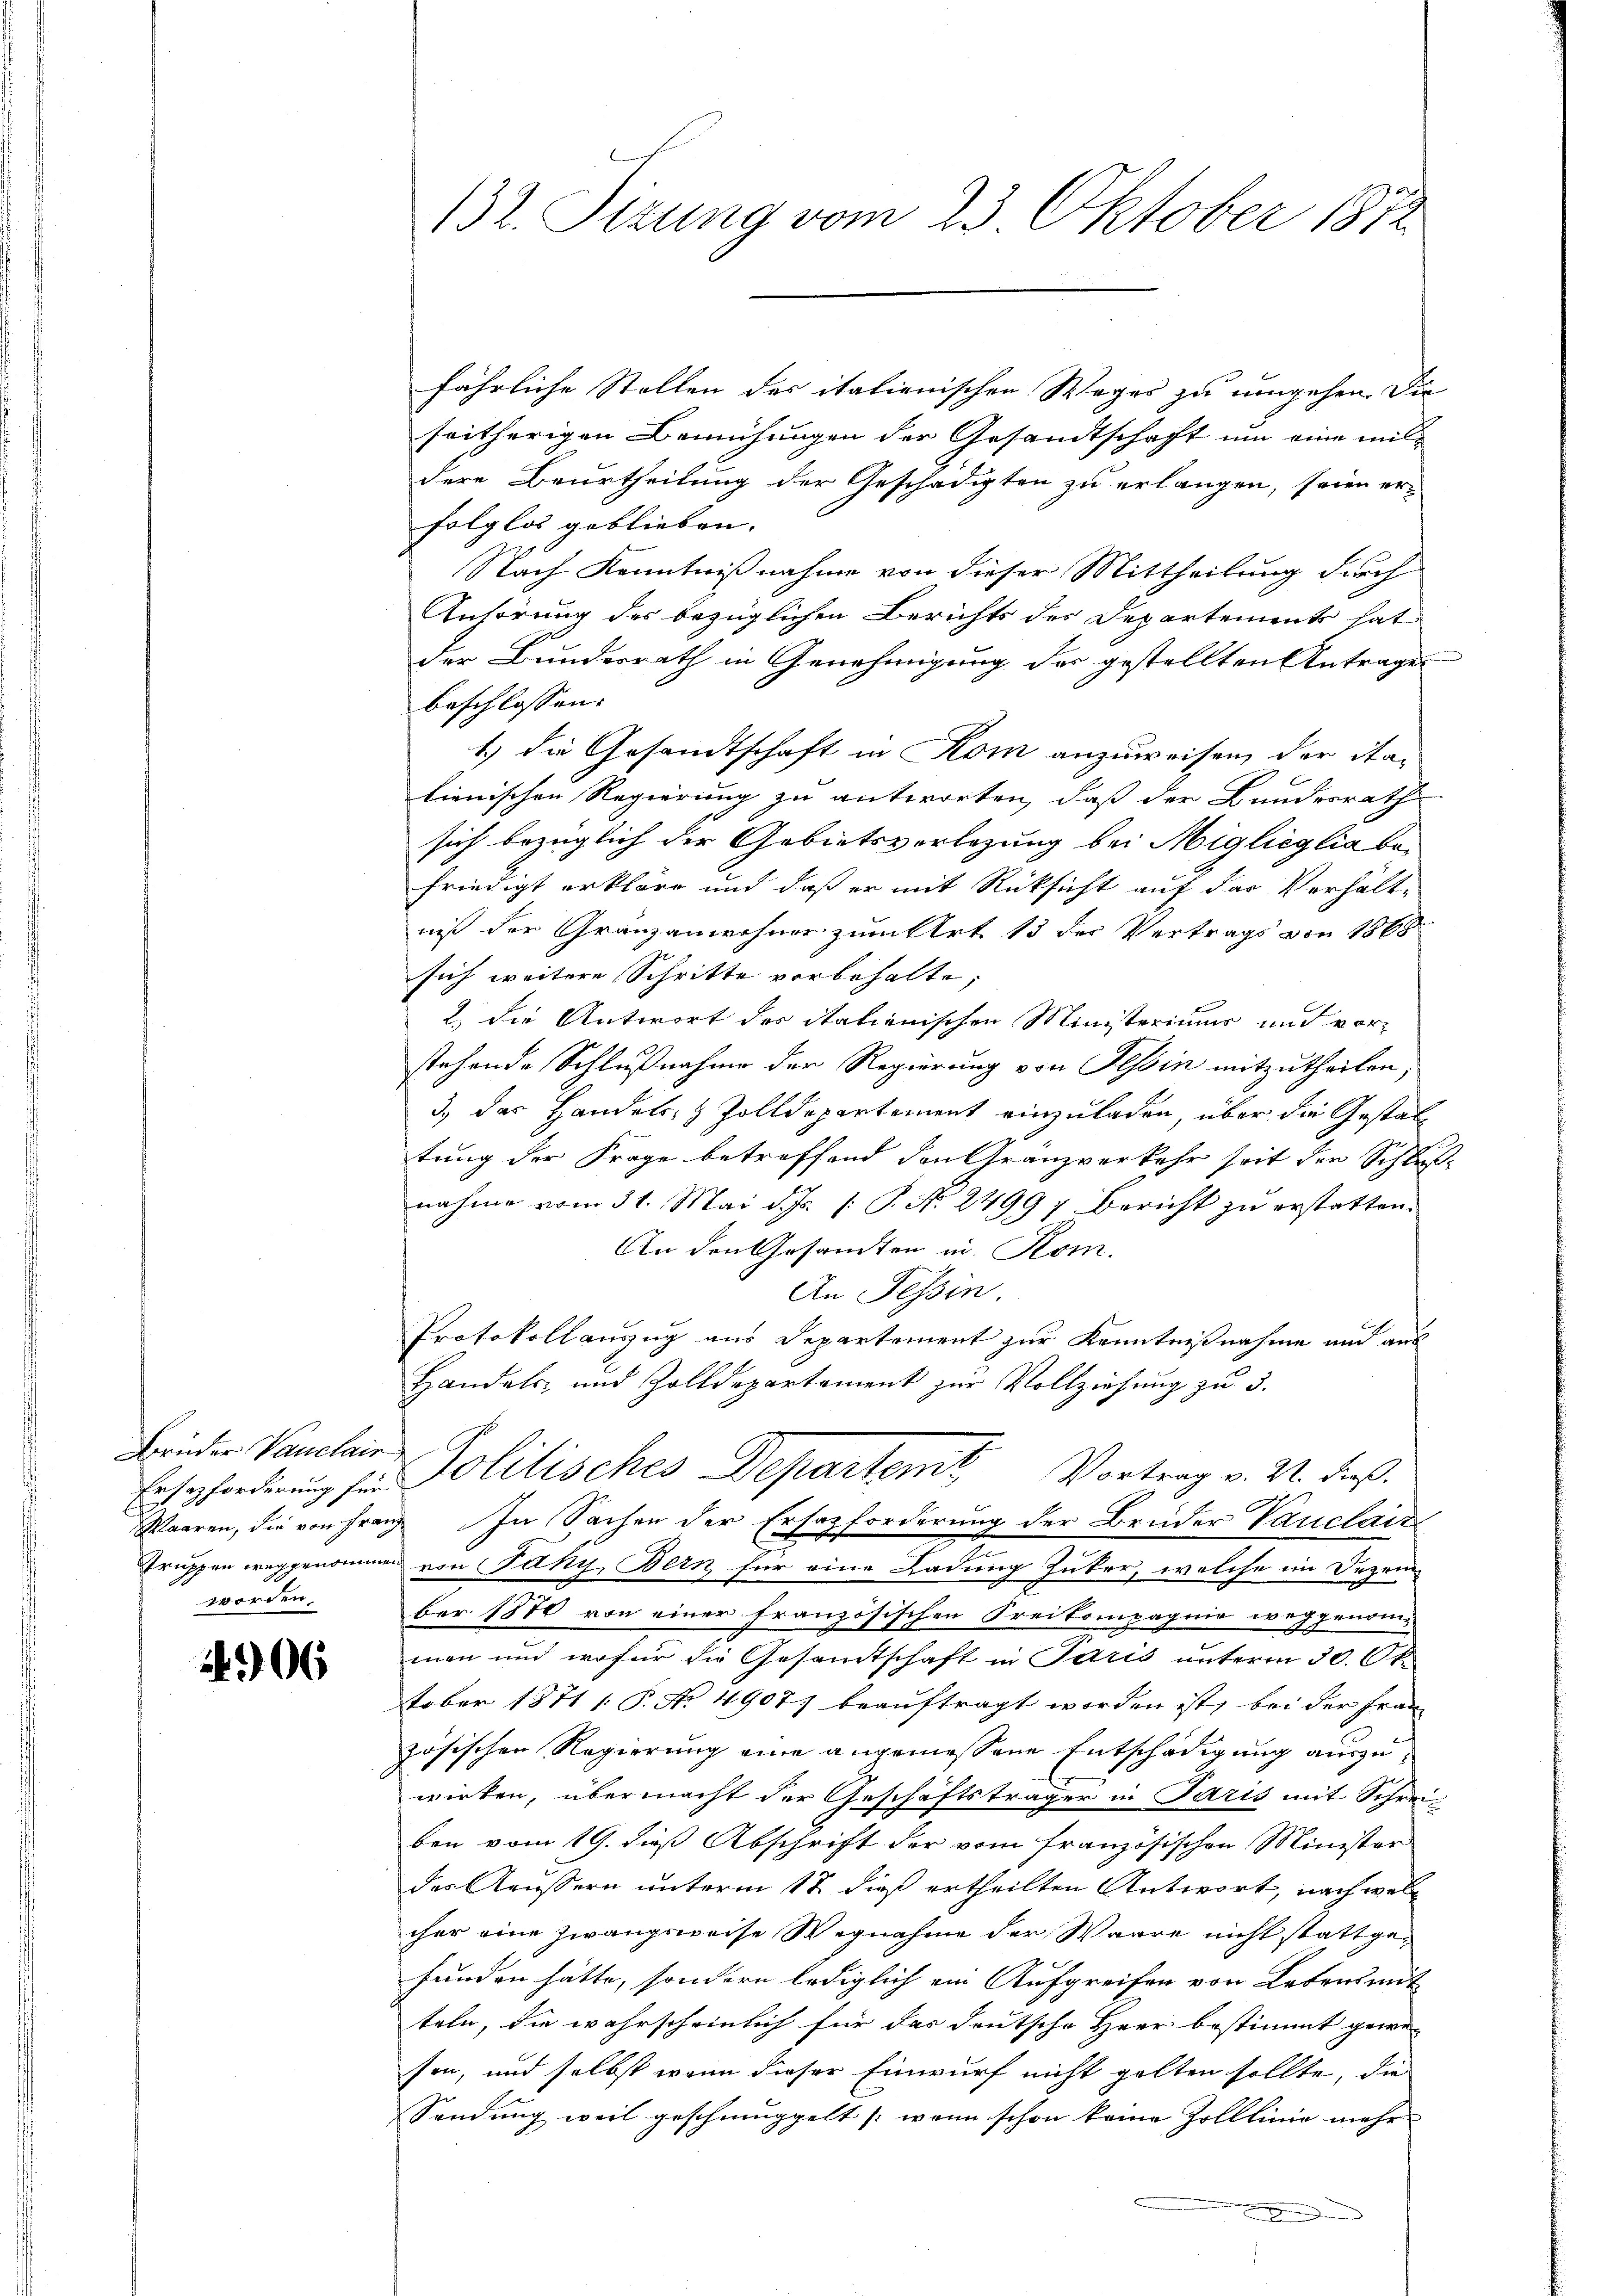
Brüder Vanilair
Ersezforderung für
Waaren, die von Franz
worden,

4906

132. Setzung vom 23 Oktober 1872

fährliche Stellen des italienischen Weges zu umgehen die
seitherigen Bemühungen der Gesandtschaft um eine mitdere Beurtheilung der Geschädigten zu erlangen, seien er-
folglos geblieben. |
Nach Kenntnißnahme von dieser Mittheilung durch
Anhörung des bezüglichen Berichts des Departements hat
der Bundesrath in Genehmigung der gestellten Antrage
beschlossen:
1.) Die Gesandtschaft in Kom anzuweisen, der italienischen Regierung zu antworten, daß der Bundesrath
sich bezüglich der Gebietsverlegung bei Miglicylia befriedigt erklärt und daß er mit Rücksicht auf der Verhält-
niß der Granzanwohner zum Art 13 der Vertrags von 1868
sich weitere Schritte vorbehalte;
2.) Die Antwort der italienischen Ministeriums und vorstehende Schlußnahme der Regierung von Tessin mitzutheilen,
3) das Handels- & Zolldepartement einzuladen, über die Gestaltung der Frage betreffend den Gränzverkehr seit den Schlußnahme vom 31. Mai d. Js. /: P. Nr. 24997 Bericht zŭ erstatten.
An den Gesandten in Rom.
An Tessin.
Protokollauszug aus Departement zur Kenntnißnahme und aus
Handels- und Zolldepartement zur Vollziehung zu 3.
Politisches Departemt. Vortrag v. M. daß
In Sachen der Ersatzforderung der Brüder Vanclaiz
Truppen weggenommen von Paky, Bern für eine Ladung Juker, welche im Dezember 1870 von einer französischen Freikompagnie weggenom-
man und wofür die Gesamtschaft in Paris unterm 30. Oktober 1871 [ P. Nr. 4907) beauftragt worden ist, bei der Frau
zösischen Regierung eine angemessene Entschädigung auszuwirken, übermacht der Geschäftsträger in Paris mit Schreiben vom 19. dieß Abschrift der vom französischen Minister
der Aeussern unterm 12. dieß ertheilten Antwort, nach welcher eine Zwangsweise Wegnahme der Warre nicht stattgefunden hätte, sondern lediglich ein Aufgreifen von Lebensmit
teln, die wahrscheinlich für das deutsche Herr bestimmt gewe-
son, und selbst wenn dieser Einwurf nicht gelten sollte, die
Sendung weil geschmüppelt (wenn schon keine Zolllinie mehr
n